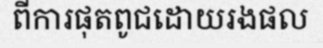
ពីការផុតពូជដោយរងផល